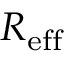
R _ { \mathrm { e f f } }